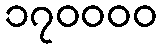
၁၇၀၀၀၀